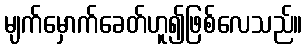
မျက်မှောက်ခေတ်ဟူ၍ဖြစ်လေသည်။